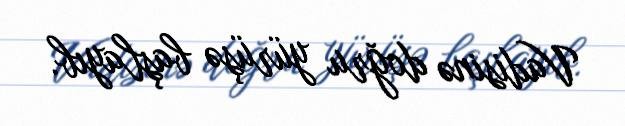
Vadisinə doğru yürüşə başlayıb.